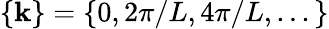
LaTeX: \{ \mathbf{k}\} =\{ 0,2\pi/L,4\pi/L,...\}